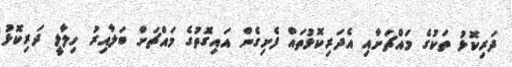
ދަރިކޮޅު ތަކުގެ މައްޗަށާއި އެދަރިކޮޅުތައް ފެށިގެން އައިގޮތުގެ މައްޗަށް ބަލާއިރު ހިލާލީ ދަރިކޮޅު